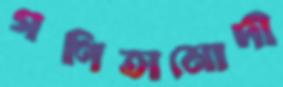
গণিতামোদী